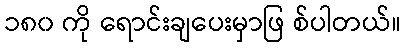
၁၈၀ ကို ရောင်းချပေးမှာဖြ စ်ပါတယ်။